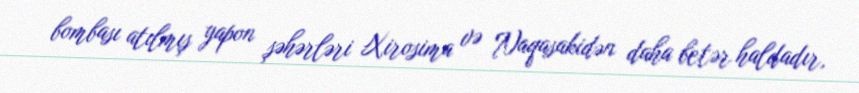
bombası atılmış yapon şəhərləri Xirosima və Naqasakidən daha betər haldadır,